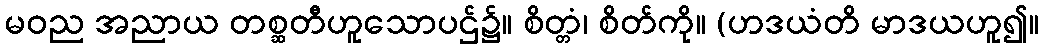
မဝည အညာယ တစ္ဆတီဟူသောပဌ်၌။ စိတ္တံ၊ စိတ်ကို။ (ဟဒယံတိ မာဒယဟူ၍။